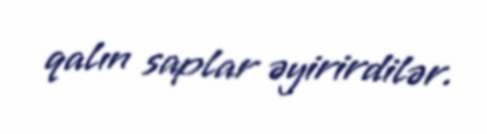
qalın saplar əyirirdilər.